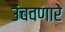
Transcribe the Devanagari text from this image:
उंचवणारे